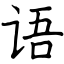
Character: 语